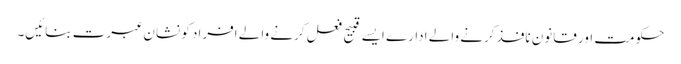
حکومت اور قانون نافذ کرنے والے ادارے ایسے قبیح فعل کرنے والے افراد کو نشان عبرت بنائیں۔